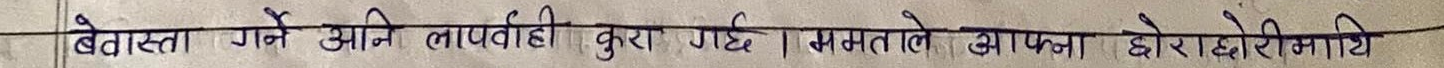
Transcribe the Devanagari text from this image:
बेवास्ता गर्ने अनि लापरवाही कुरा गर्छ। क्षमताले आफ्ना छोरीछोरीमाथि